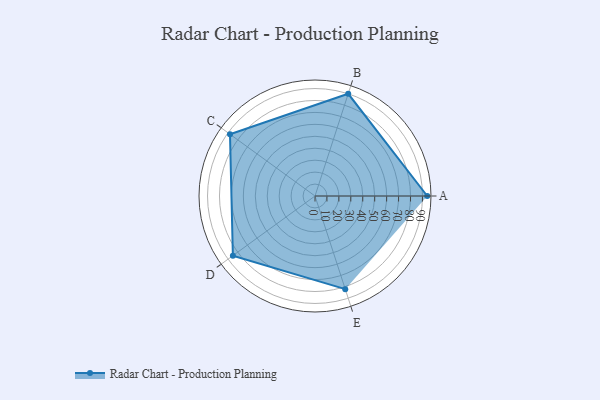
{"axis": {"x": "Skill", "y": "Score"}, "legend": ["Profile"], "data": [{"x": "A", "y": 94.0, "type": "Profile"}, {"x": "B", "y": 90.0, "type": "Profile"}, {"x": "C", "y": 88.0, "type": "Profile"}, {"x": "D", "y": 85.0, "type": "Profile"}, {"x": "E", "y": 82.0, "type": "Profile"}]}